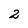
Character: 2